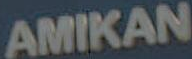
AMIKAN